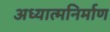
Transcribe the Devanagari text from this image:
अध्यात्मनिर्माण